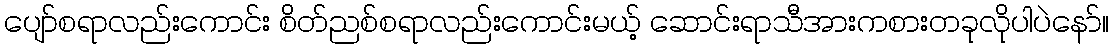
ပျော်စရာလည်းကောင်း စိတ်ညစ်စရာလည်းကောင်းမယ့် ဆောင်းရာသီအားကစားတခုလိုပါပဲနော်။